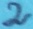
Text: 2